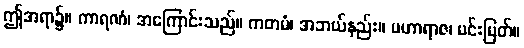
ဤအရာ၌။ ကာရဏံ၊ အကြောင်းသည်။ ကတမံ၊ အဘယ်နည်း။ မဟာရာဇ၊ မင်းမြတ်။